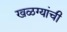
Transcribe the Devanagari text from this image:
खळग्यांची